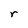
Character: r